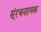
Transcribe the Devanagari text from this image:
स्ंरचनात्मक